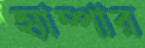
হ্যাম্পার